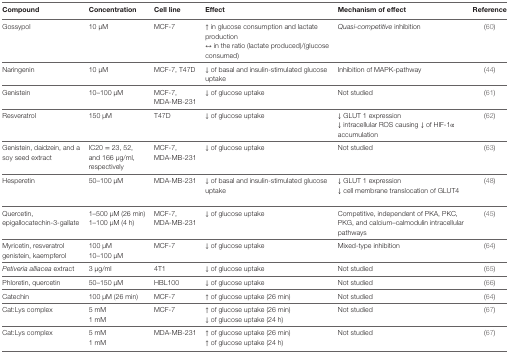
<table><thead><tr><td><b>Compound</b></td><td><b>Concentration</b></td><td><b>Cell line</b></td><td><b>Effect</b></td><td><b>Mechanism of effect</b></td><td><b>Reference</b></td></tr></thead><tbody><tr><td>Gossypol</td><td>10 μM</td><td>MCF-7</td><td>↑ in glucose consumption and lactate production↔ in the ratio (lactate produced)/(glucose consumed)</td><td><i>Quasi-competitive</i> inhibition</td><td>(60)</td></tr><tr><td>Naringenin</td><td>10 μM</td><td>MCF-7, T47D</td><td>↓ of basal and insulin-stimulated glucose uptake</td><td>Inhibition of MAPK-pathway</td><td>(44)</td></tr><tr><td>Genistein</td><td>10–100 μM</td><td>MCF-7, MDA-MB-231</td><td>↓ of glucose uptake</td><td>Not studied</td><td>(61)</td></tr><tr><td>Resveratrol</td><td>150 μM</td><td>T47D</td><td>↓ of glucose uptake</td><td>↓ GLUT 1 expression↓ intracellular ROS causing ↓ of HIF-1α accumulation</td><td>(62)</td></tr><tr><td>Genistein, daidzein, and a soy seed extract</td><td>IC20 = 23, 52, and 166 μg/ml, respectively</td><td>MCF-7, MDA-MB-231</td><td>↓ of glucose uptake</td><td>Not studied</td><td>(63)</td></tr><tr><td>Hesperetin</td><td>50–100 μM</td><td>MDA-MB-231</td><td>↓ of basal and insulin-stimulated glucose uptake</td><td>↓ GLUT 1 expression↓ cell membrane translocation of GLUT4</td><td>(48)</td></tr><tr><td>Quercetin, epigallocatechin-3-gallate</td><td>1–500 μM (26 min)1–100 μM (4 h)</td><td>MCF-7, MDA-MB-231</td><td>↓ of glucose uptake</td><td>Competitive, independent of PKA, PKC, PKG, and calcium–calmodulin intracellular pathways</td><td>(45)</td></tr><tr><td>Myricetin, resveratrol genistein, kaempferol</td><td>100 μM10–100 μM</td><td>MCF-7</td><td>↓ of glucose uptake</td><td>Mixed-type inhibition</td><td>(64)</td></tr><tr><td><i>Petiveria alliacea</i> extract</td><td>3 μg/ml</td><td>4T1</td><td>↓ of glucose uptake</td><td>Not studied</td><td>(65)</td></tr><tr><td>Phloretin, quercetin</td><td>50–150 μM</td><td>HBL100</td><td>↓ of glucose uptake</td><td>Not studied</td><td>(66)</td></tr><tr><td>Catechin</td><td>100 μM (26 min)</td><td>MCF-7</td><td>↑ of glucose uptake (26 min)</td><td>Not studied</td><td>(64)</td></tr><tr><td>Cat:Lys complex</td><td>5 mM1 mM</td><td>MCF-7</td><td>↑ of glucose uptake (26 min)↓ of glucose uptake (24 h)</td><td>Not studied</td><td>(67)</td></tr><tr><td>Cat:Lys complex</td><td>5 mM1 mM</td><td>MDA-MB-231</td><td>↑ of glucose uptake (26 min)↑ of glucose uptake (24 h)</td><td>Not studied</td><td>(67)</td></tr></tbody></table>